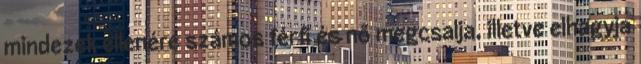
mindezek ellenére számos férﬁ és nő megcsalja, illetve elhagyja